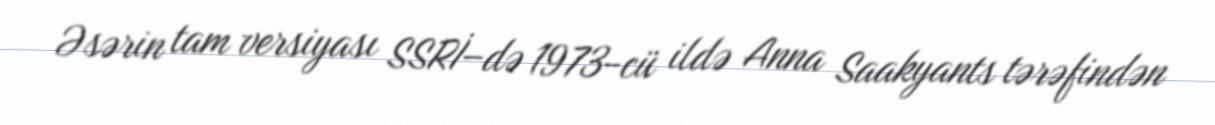
Əsərin tam versiyası SSRİ–də 1973-cü ildə Anna Saakyants tərəfindən